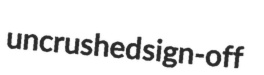
uncrushed sign-off